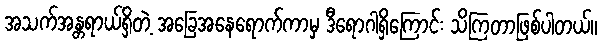
အသက်အန္တရာယ်ရှိတဲ့ အခြေအနေရောက်ကာမှ ဒီရောဂါရှိကြောင်း သိကြတာဖြစ်ပါတယ်။